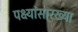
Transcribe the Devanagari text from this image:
पक्ष्यांसारख्या